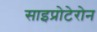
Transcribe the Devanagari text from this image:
साइप्रोटेरोन